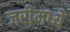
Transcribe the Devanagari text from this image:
जरीमध्ये